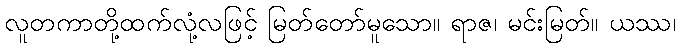
လူတကာတို့ထက်လုံ့လဖြင့် မြတ်တော်မူသော။ ရာဇ၊ မင်းမြတ်။ ယဿ၊